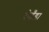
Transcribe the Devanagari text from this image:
रोहुँड़ा